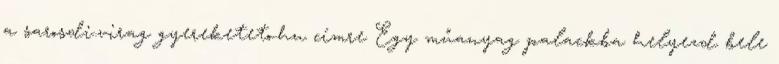
a sarosdi.virag gyereketeto.hu címre Egy műanyag palackba helyezd bele